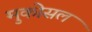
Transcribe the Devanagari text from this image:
मुकोसल